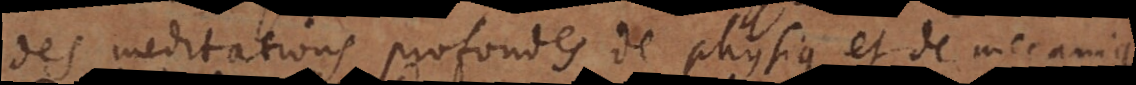
des meditations profondes de physique et de mecaniqu